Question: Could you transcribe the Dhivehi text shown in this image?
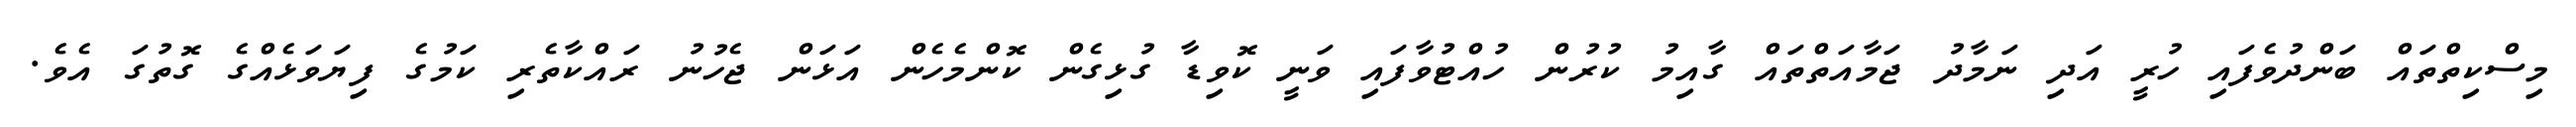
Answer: މިސްކިތްތައް ބަންދުވެފައި ހުރީ އަދި ނަމާދު ޖަމާއަތްތައް ގާއިމު ކުރުން ހުއްޓުވާފައި ވަނީ ކޮވިޑާ ގުޅިގެން ކޮންމެހެން އަޅަން ޖެހުނު ރައްކާތެރި ކަމުގެ ފިޔަވަޅެއްގެ ގޮތުގަ އެވެ.